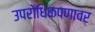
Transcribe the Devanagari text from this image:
उपरोधिकपणावर